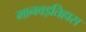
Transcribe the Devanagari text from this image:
मानवइतिहास